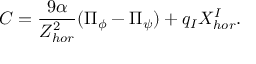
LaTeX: C = \frac { 9 \alpha } { Z _ { h o r } ^ { 2 } } ( \Pi _ { \phi } - \Pi _ { \psi } ) + q _ { I } X _ { h o r } ^ { I } .